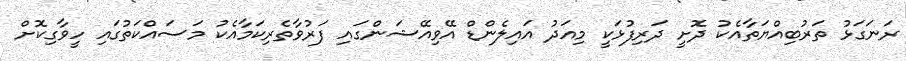
ރަނަގަޅު ތަރުބިއްޔަތާއެކު ދޮށީ ދަރިފުޅަކީ މިއަދު އައިލެންޑް އޭވިއޭޝަންގައި ފަރުވާތެރިކަމާއެކު މަސައްކަތުގައި ހީވާގިކޮށް